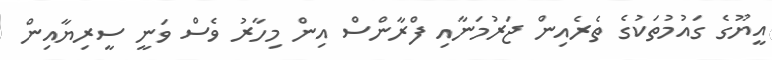
އީޔޫގެ ގައުމުތަކުގެ ތެރެއިން ޖަރުމަނާއި ފްރާންްސް އިން މިހާރު ވެސް ވަނީ ސީރިޔާއިން